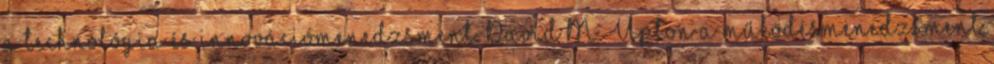
a technológia és innovációmenedzsment. David M. Upton a működésmenedzsment